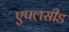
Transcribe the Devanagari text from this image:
एपलसीड